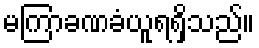
မကြာခဏခံယူရရှိသည်။